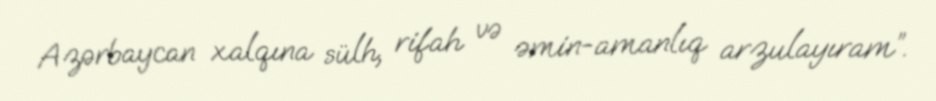
Azərbaycan xalqına sülh, rifah və əmin-amanlıq arzulayıram”.